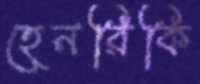
হেনরিকি